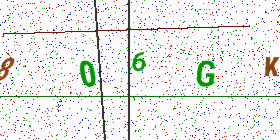
Text: 806GK